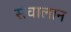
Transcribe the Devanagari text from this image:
संचालान